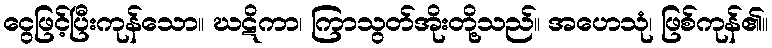
ငွေဖြင့်ပြီးကုန်သော။ ဃဋိကာ၊ ကြာသွတ်အိုးတို့သည်။ အဟေသုံ၊ ဖြစ်ကုန်၏။